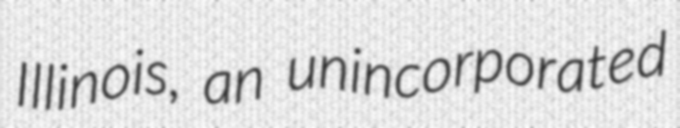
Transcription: Illinois, an unincorporated